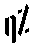
၇%